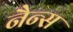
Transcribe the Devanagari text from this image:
नैन्स